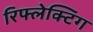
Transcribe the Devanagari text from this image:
रिफ्लेक्टिंग